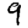
Digit: 9